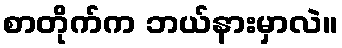
စာတိုက်က ဘယ်နားမှာလဲ။